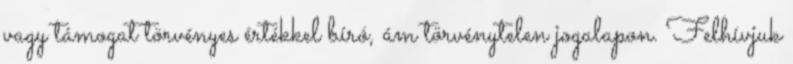
vagy támogat törvényes értékkel bíró, ám törvénytelen jogalapon. Felhívjuk